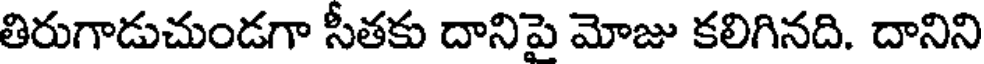
తిరుగాడుచుండగా సీతకు దానిపై మోజు కలిగినది. దానిని